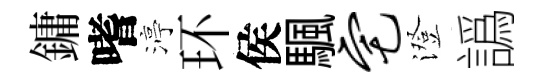
鏞嗜渟环侯颿宅澄譌